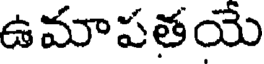
ఉమాపతయే